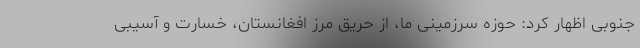
جنوبی اظهار کرد: حوزه سرزمینی ما، از حریق مرز افغانستان، خسارت و آسیبی